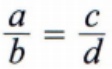
$\frac{a}{b}=\frac{c}{d}$